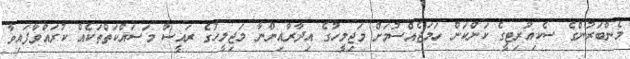
މެންބަރުންގެ ސެކިއުރިޓީގެ ކަންކަން ހަމަޖެއްސުމަށް މަޖިލީހުގެ އިދާރާއިންނާ މަޖިލީހުގެ ރައީސް މަސައްކަތްތަކެއް ކުރައްވާފައިވާ